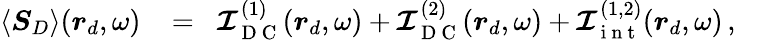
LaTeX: \begin{array}{rlr}{\langle\boldsymbol{S}_{D}\rangle(\boldsymbol{r}_{d},\omega)}&{{}\! =}&{\! \boldsymbol{\mathcal{I}}_{\mathrm{~D~C~}}^{(1)}(\boldsymbol{r}_{d},\omega)+\boldsymbol{\mathcal{I}}_{\mathrm{~D~C~}}^{(2)}(\boldsymbol{r}_{d},\omega)+\boldsymbol{\mathcal{I}}_{\mathrm{~i~n~t~}}^{(1,2)}(\boldsymbol{r}_{d},\omega)\, ,\quad}\end{array}